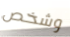
وشخص